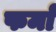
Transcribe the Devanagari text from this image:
फर्मां